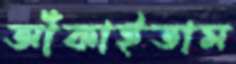
আঁকাইতাম